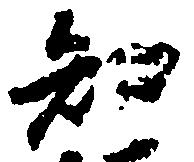
知